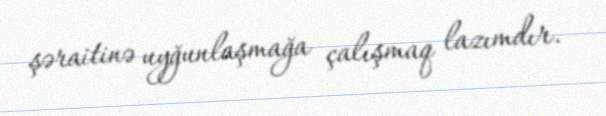
şəraitinə uyğunlaşmağa çalışmaq lazımdır.